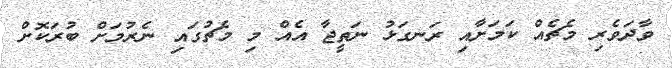
ވާދަވެރި މެޗެއް ކަމަށާއި ރަނގަޅު ނަތީޖާ އެއް މި މެޗުގައި ނެރުމަށް ބުރަކޮށް